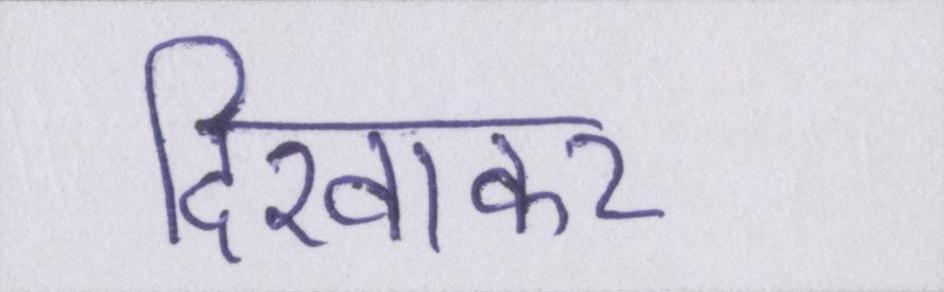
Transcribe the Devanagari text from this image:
दिखाकर